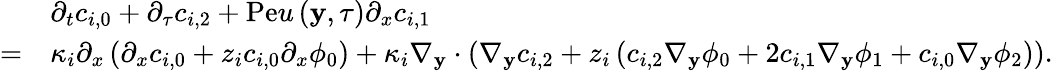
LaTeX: \begin{array}{rl}&{\partial_{t}c_{i,0}+\partial_{\tau}c_{i,2}+\mathrm{Pe}u\left(\mathbf{y},\tau\right)\partial_{x}c_{i,1}}\\ {=}&{\kappa_{i}\partial_{x}\left(\partial_{x}c_{i,0}+z_{i}c_{i,0}\partial_{x}\phi_{0}\right)+\kappa_{i}\nabla_{\mathbf{y}}\cdot\left(\nabla_{\mathbf{y}}c_{i,2}+z_{i}\left(c_{i,2}\nabla_{\mathbf{y}}\phi_{0}+2c_{i,1}\nabla_{\mathbf{y}}\phi_{1}+c_{i,0}\nabla_{\mathbf{y}}\phi_{2}\right)\right).}\end{array}